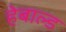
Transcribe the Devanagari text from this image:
हेबाल्ड